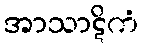
အာသာဋိကံ